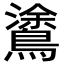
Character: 𪄫